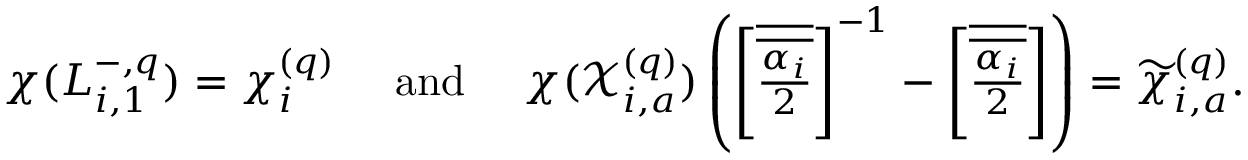
\chi ( L _ { i , 1 } ^ { - , q } ) = \chi _ { i } ^ { ( q ) } \quad \mathrm { ~ a n d ~ } \quad \chi ( \mathcal { X } _ { i , a } ^ { ( q ) } ) \left( { \textstyle \left[ \overline { { \overline { { \frac { \alpha _ { i } } { 2 } } } } } \right] ^ { - 1 } - \left[ \overline { { \overline { { \frac { \alpha _ { i } } { 2 } } } } } \right] } \right) = \widetilde { \chi } _ { i , a } ^ { ( q ) } .